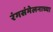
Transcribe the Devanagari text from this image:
रंगसंमेलनाच्या